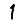
Digit: 1